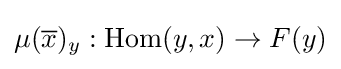
\mu ({\overline {x}})_{y}:\operatorname {Hom} (y,x)\to F(y)